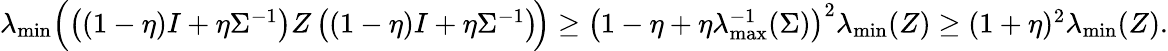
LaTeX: \begin{array}{r}{\lambda_{\operatorname*{min}}\Big(\! \left((1-\eta)I+\eta\Sigma^{-1}\right)Z\left((1-\eta)I+\eta\Sigma^{-1}\right)\! \Big)\geq\big(1-\eta+\eta\lambda_{\operatorname*{max}}^{-1}(\Sigma)\big)^{2}\lambda_{\operatorname*{min}}(Z)\geq(1+\eta)^{2}\lambda_{\operatorname*{min}}(Z).}\end{array}